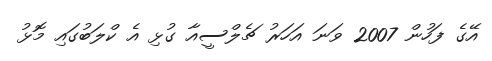
އޭގެ ފަހުން 2007 ވަނަ އަހަރު ޗެލްސީއާ ގުޅި އެ ކްލަބުގައި މޮޅު